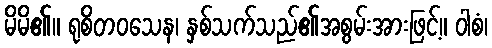
မိမိ၏။ ရုစိတဝသေန၊ နှစ်သက်သည်၏အစွမ်းအားဖြင့်။ ဝါစံ၊